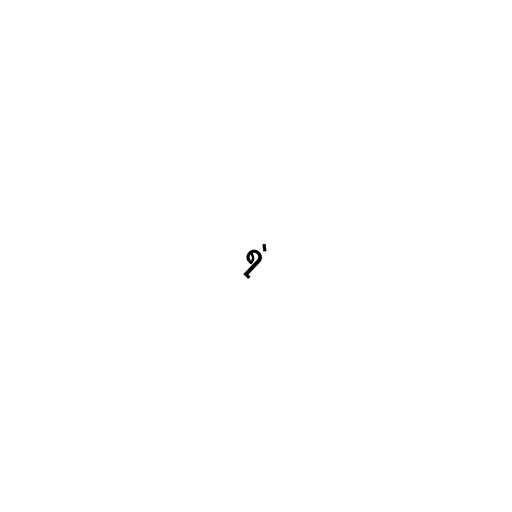
ရဲ